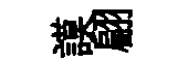
謨翩